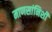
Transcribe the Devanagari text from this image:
माणसांनिशी